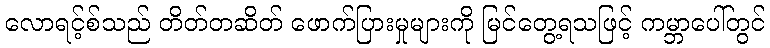
လောရင့်စ်သည် တိတ်တဆိတ် ဖောက်ပြားမှုများကို မြင်တွေ့ရသဖြင့် ကမ္ဘာပေါ်တွင်